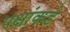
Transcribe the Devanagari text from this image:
पक्षांकडे